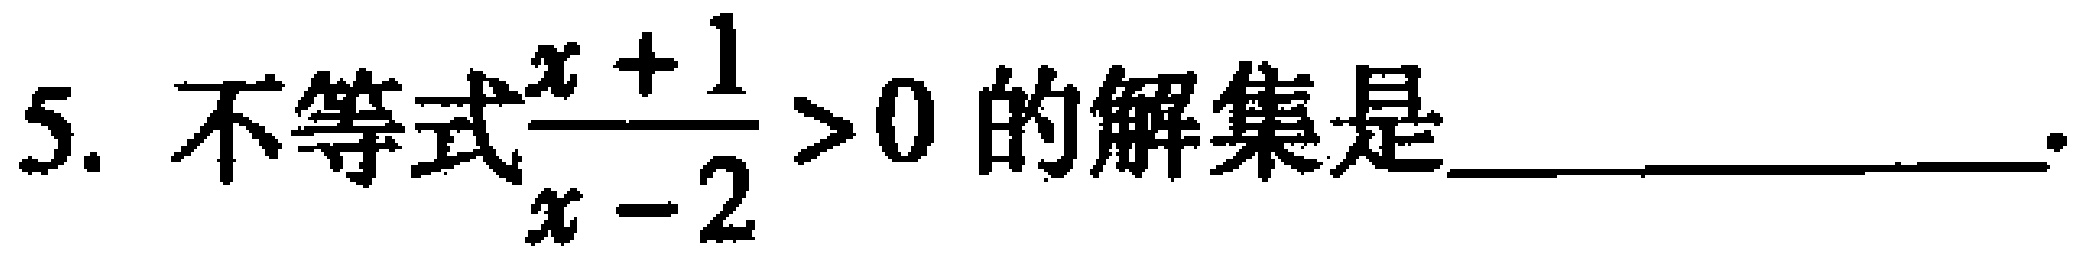
5. 不等式$\frac{x + 1}{x - 2} > 0$的解集是_________________.